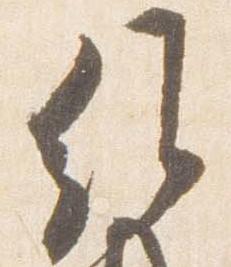
維